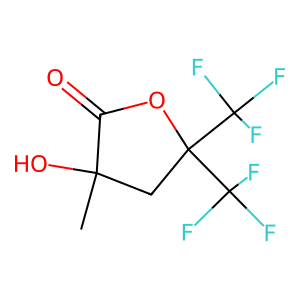
SMILES: CC1(O)CC(C(F)(F)F)(C(F)(F)F)OC1=O
Inhibits HIV replication: No